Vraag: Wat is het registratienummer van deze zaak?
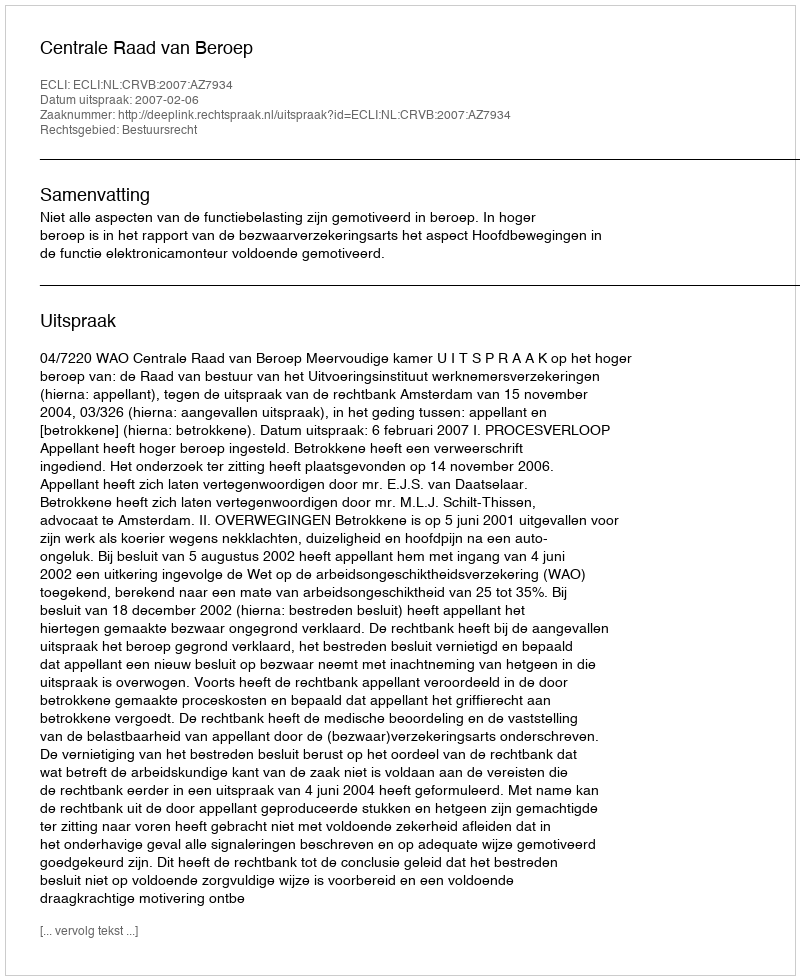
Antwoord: http://deeplink.rechtspraak.nl/uitspraak?id=ECLI:NL:CRVB:2007:AZ7934